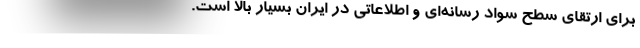
برای ارتقای سطح سواد رسانه‌ای و اطلاعاتی در ایران بسیار بالا است.